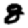
Digit: 8